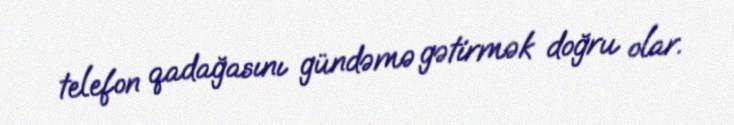
telefon qadağasını gündəmə gətirmək doğru olar.